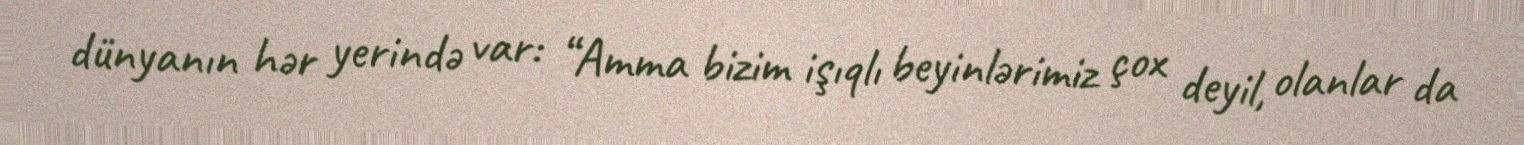
dünyanın hər yerində var: “Amma bizim işıqlı beyinlərimiz çox deyil, olanlar da